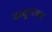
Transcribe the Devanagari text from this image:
बावुलकर